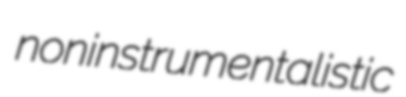
noninstrumentalistic